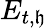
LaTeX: E_{t,\mathfrak{h}}